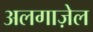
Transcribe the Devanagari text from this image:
अलगाज़ेल